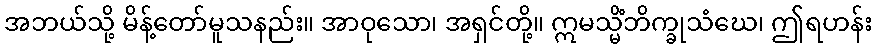
အဘယ်သို့ မိန့်တော်မူသနည်း။ အာဝုသော၊ အရှင်တို့။ ဣမသ္မိံဘိက္ခုသံဃေ၊ ဤရဟန်း